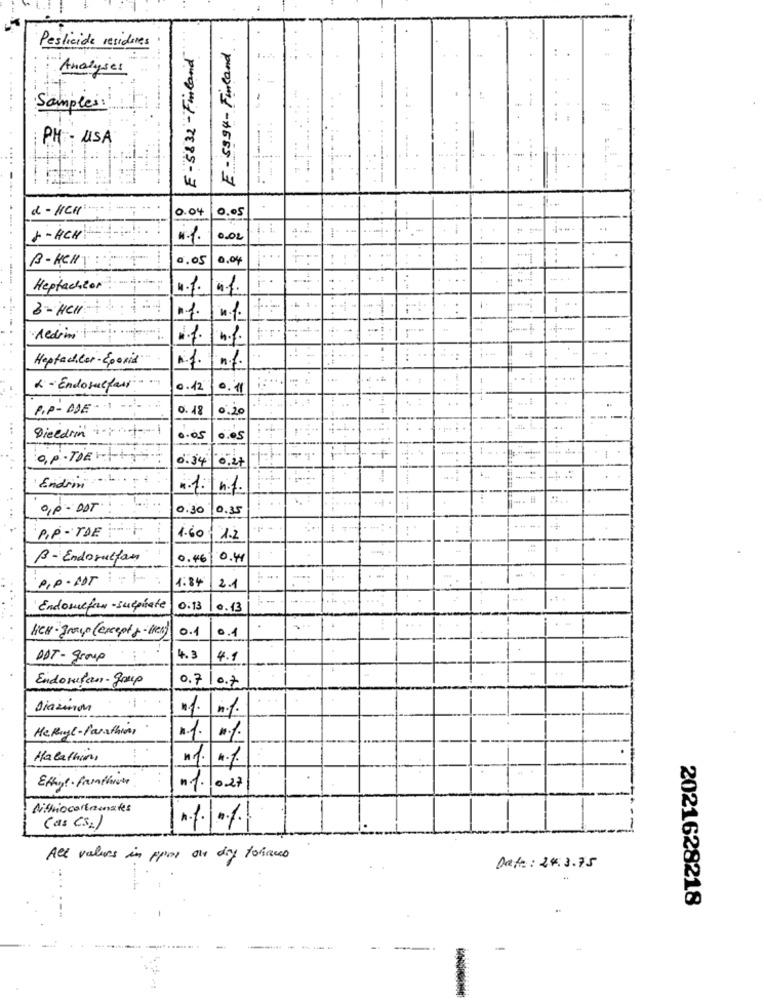
Pesticide resideres
E - 5832 - Finland
E - 5994- Finland
Analyses
Samples:
-
... .
.41
PH- USA
:
--
d-HCH
0.04
0.05
J- ACH
0.02
B-Kel
0.05
0.04
Heptachter
1.1.4.1.
3- HC
4 1.
·Aldrin
.....
1.1.
n.f.
Heptachler- Sporid
« - Endosulfasi
0.42
0. 11
PIP- DDE
0.48
0,20
Dicedrin :- + -- 1
--
0.05
0.05
o.p.ToErtti
0.34 0.27
-........
Endrim
n. 1:n.1.
0,p- DDT
0.30
0.35
P.P -TDE
1.60
1.2
B- Endosultan
0.46
0.41
P.P.NOT:
1:34
...
2.1
Endosefan - sulphate
0:13
0.13
lich- group (except )- (en)
0.1
0.1
DDT - group
4.3
4.1
Endorfan- grup
0.7|0.7
Diazinon
He Rige- Parathis
1.1. 1.
Halathin,
n 1.027
(as CS2)
All values in ppor ou day foraus
Date: 24.3.75
2021628218